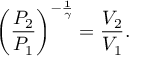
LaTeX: \left( { \frac { P _ { 2 } } { P _ { 1 } } } \right) ^ { - { \frac { 1 } { \gamma } } } = { \frac { V _ { 2 } } { V _ { 1 } } } .